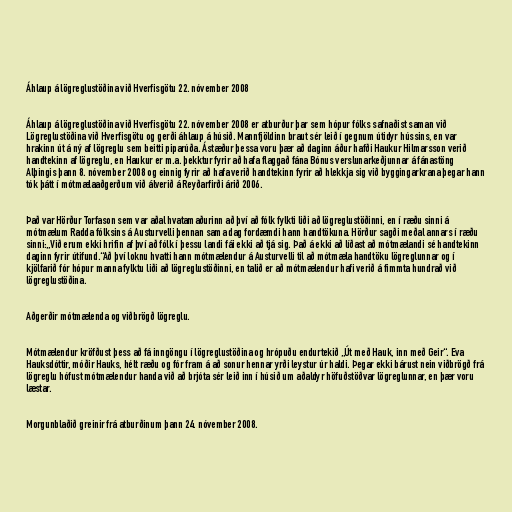
Áhlaup á lögreglustöðina við Hverfisgötu 22. nóvember 2008

Áhlaup á lögreglustöðina við Hverfisgötu 22. nóvember 2008 er atburður þar sem hópur fólks safnaðist saman við
Lögreglustöðina við Hverfisgötu og gerði áhlaup á húsið. Mannfjöldinn braut sér leið í gegnum útidyr hússins, en var
hrakinn út á ný af lögreglu sem beitti piparúða. Ástæður þessa voru þær að daginn áður hafði Haukur Hilmarsson verið
handtekinn af lögreglu, en Haukur er m.a. þekktur fyrir að hafa flaggað fána Bónus verslunarkeðjunnar á fánastöng
Alþingis þann 8. nóvember 2008 og einnig fyrir að hafa verið handtekinn fyrir að hlekkja sig við byggingarkrana þegar hann
tók þátt í mótmælaaðgerðum við álverið á Reyðarfirði árið 2006.

Það var Hörður Torfason sem var aðal hvatamaðurinn að því að fólk fylkti liði að lögreglustöðinni, en í ræðu sinni á
mótmælum Radda fólksins á Austurvelli þennan sama dag fordæmdi hann handtökuna. Hörður sagði meðal annars í ræðu
sinni:„Við erum ekki hrif­in af því að fólk í þessu landi fái ekki að tjá sig. Það á ekki að líðast að mót­mæl­andi sé hand­tek­inn
dag­inn fyr­ir úti­fund.“Að því loknu hvatti hann mótmælendur á Austurvelli til að mótmæla handtöku lögreglunnar og í
kjölfarið fór hópur manna fylktu liði að lögreglustöðinni, en talið er að mótmælendur hafi verið á fimmta hundrað við
lögreglustöðina.

Aðgerðir mótmælenda og viðbrögð lögreglu.

Mótmælendur kröfðust þess að fá inngöngu í lögreglustöðina og hrópuðu endurtekið „Út með Hauk, inn með Geir“. Eva
Hauksdóttir, móðir Hauks, hélt ræðu og fór fram á að sonur hennar yrði leystur úr haldi. Þegar ekki bárust nein viðbrögð frá
lögreglu hófust mótmælendur handa við að brjóta sér leið inn í húsið um aðaldyr höfuðstöðvar lögreglunnar, en þær voru
læstar.

Morgunblaðið greinir frá atburðinum þann 24. nóvember 2008.